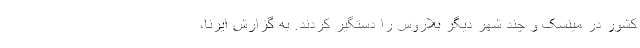
کشور در مینسک و چند شهر دیگر بلاروس را دستگیر کردند. به گزارش ایرنا،